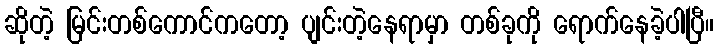
ဆိုတဲ့ မြင်းတစ်ကောင်ကတော့ ပျင်းတဲ့နေရာမှာ တစ်ခုကို ရောက်နေခဲ့ပါပြီ။